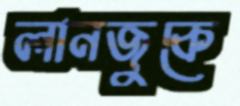
লানজুকে